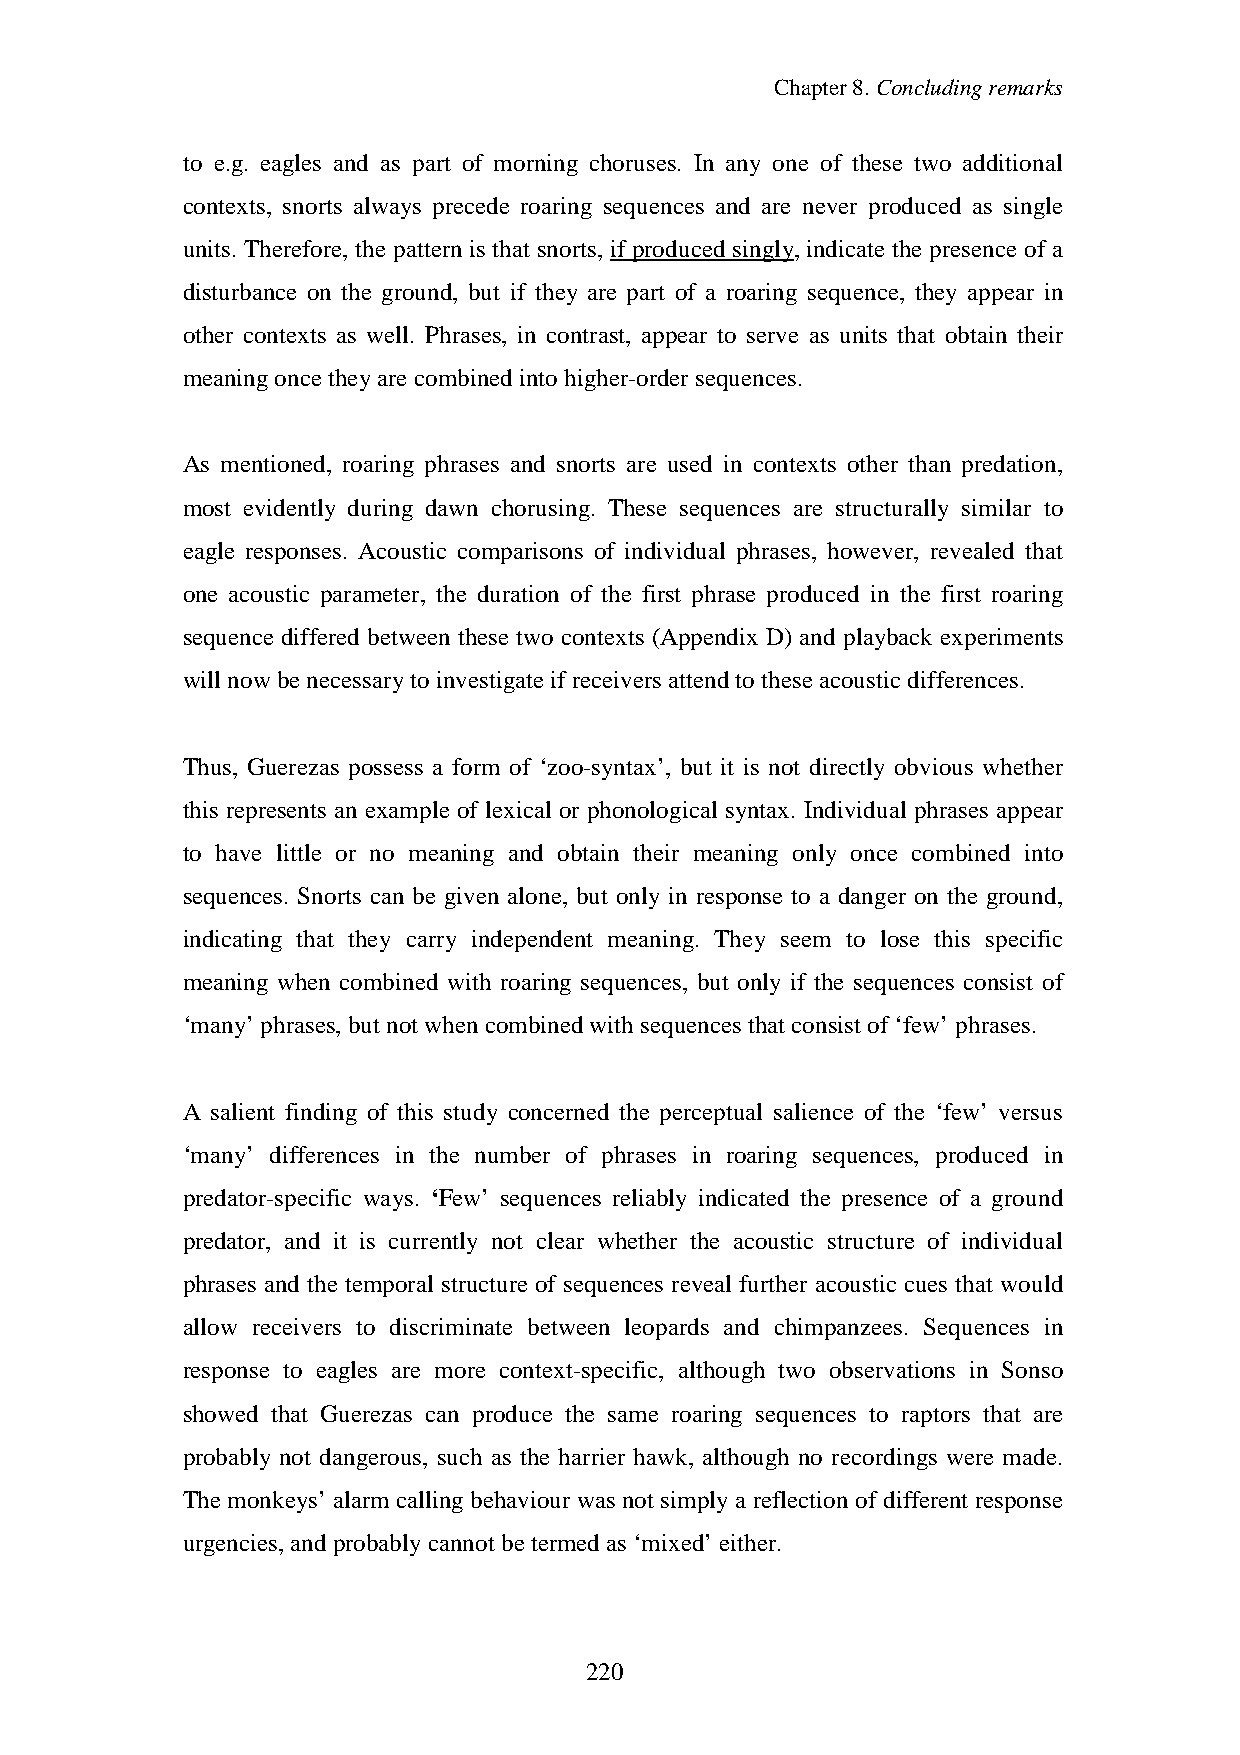
Chapter8.Concludingremarks
 to e.g. eagles and as part of morning choruses. In any one of these two additional
 contexts, snorts always precede roaring sequences and are never produced as single
 units. Therefore, the pattern is that snorts, if produced singly, indicate the presence of a
 disturbance on the ground, but if they are part of a roaring sequence, they appear in
 other contexts as well. Phrases, in contrast, appear to serve as units that obtain their
 meaningoncetheyare combinedintohigher-order sequences.
 As mentioned, roaring phrases and snorts are used in contexts other than predation,
 most evidently during dawn chorusing. These sequences are structurally similar to
 eagle responses. Acoustic comparisons of individual phrases, however, revealed that
 one acoustic parameter, the duration of the first phrase produced in the first roaring
 sequence differed between these two contexts (Appendix D) and playback experiments
 will nowbenecessaryto investigateif receivers attendtotheseacousticdifferences.
 Thus, Guerezas possess a form of ‘zoo-syntax’, but it is not directly obvious whether
 this represents an example of lexical or phonological syntax. Individual phrases appear
 to have little or no meaning and obtain their meaning only once combined into
 sequences. Snorts can be given alone, but only in response to a danger on the ground,
 indicating that they carry independent meaning. They seem to lose this specific
 meaning when combined with roaring sequences, but only if the sequences consist of
 ‘many’ phrases, but not whencombinedwithsequences that consist of‘few’phrases.
 A salient finding of this study concerned the perceptual salience of the ‘few’ versus
 ‘many’ differences in the number of phrases in roaring sequences, produced in
 predator-specific ways. ‘Few’ sequences reliably indicated the presence of a ground
 predator, and it is currently not clear whether the acoustic structure of individual
 phrases and the temporal structure of sequences reveal further acoustic cues that would
 allow receivers to discriminate between leopards and chimpanzees. Sequences in
 response to eagles are more context-specific, although two observations in Sonso
 showed that Guerezas can produce the same roaring sequences to raptors that are
 probably not dangerous, such as the harrier hawk, although no recordings were made.
 The monkeys’ alarm callingbehaviour was not simplya reflection of different response
 urgencies, andprobablycannot betermedas ‘mixed’either.
 222013